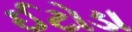
ઈટોડા